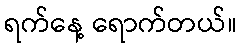
ရက်နေ့ ရောက်တယ်။